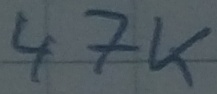
Text: 47K